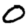
Digit: 0